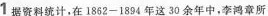
1 据资料统计，在1862-1894年这30余年中，李鸿章所